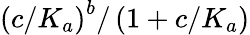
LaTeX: \left(c/K_{a}\right)^{b}/\left(1+c/K_{a}\right)